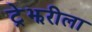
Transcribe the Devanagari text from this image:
ट्रेझरीला